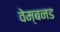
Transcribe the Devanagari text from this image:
वेम्बनड